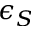
\epsilon _ { S }